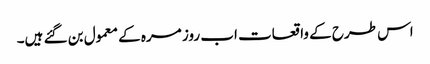
اس طرح کے واقعات اب روز مرہ کے معمول بن گئے ہیں۔